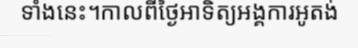
ទាំងនេះ។កាលពីថ្ងៃអាទិត្យអង្គការអូតង់